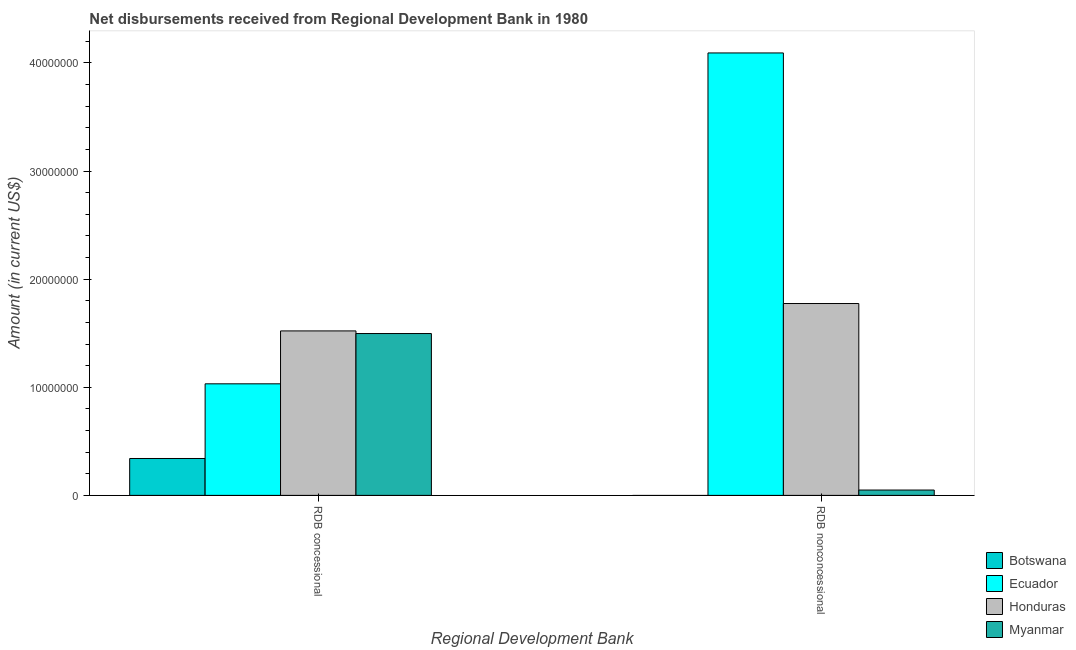
| Regional Development Bank | Botswana | Ecuador | Honduras | Myanmar |
 | --- | --- | --- | --- | --- |
 | RDB concessional | 3.41e+06 | 1.03e+07 | 1.52e+07 | 1.5e+07 |
 | RDB nonconcessional | -1.68e+05 | 4.09e+07 | 1.77e+07 | 4.94e+05 |